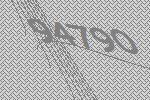
94790